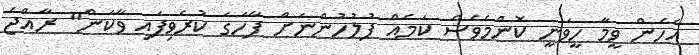
އެހެން ވީމާ ހީވަނީ ކޮންމެވެސް ކަމެއް ފުލުހުންނަށް ފާހަގަ ކުރެވިފައި ވާކަން" ރާއްޖެ